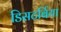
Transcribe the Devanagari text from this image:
डिसटर्बिया